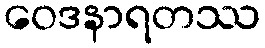
ဝေဒနာရတဿ